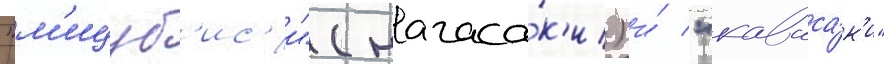
"м'ицуб'ис'и" (нагаса́к'и) и́ "каваса́к'и"